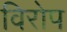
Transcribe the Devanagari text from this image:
विरोप